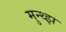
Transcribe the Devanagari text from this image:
मुन्थ्झ